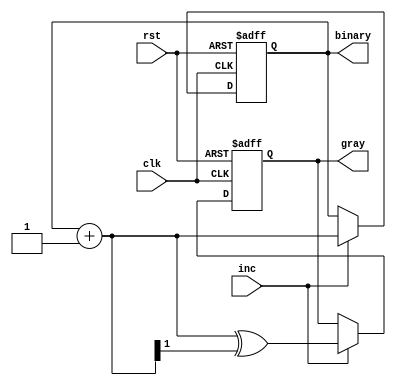
module bin_gray_counter #
  (
   parameter N = 0,     
   parameter INIT = 0   
   )
   (
    input              clk,
    input              rst,
    input              inc,
    output reg [N-1:0] binary,
    output reg [N-1:0] gray
    );
   wire [N-1:0]        next_binary = binary + 1'b1;
   wire [N-1:0]        next_gray = next_binary ^ (next_binary >> 1);
   always @(posedge clk or posedge rst) begin
      if (rst) begin
         binary <= INIT;
         gray <= INIT ^ (INIT >> 1);
      end else if (inc) begin
         binary <= next_binary;
         gray <= next_gray;
      end
   end
endmodule